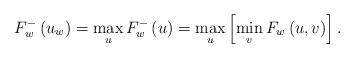
LaTeX: \begin{align*}F_{w}^{-}\left( u_{w}\right) =\max\limits_{u}F_{w}^{-}\left( u\right)=\max\limits_{u}\left[ \min\limits_{v}F_{w}\left( u,v\right) \right] .\end{align*}